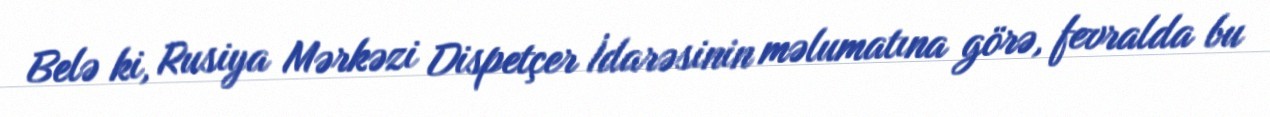
Belə ki, Rusiya Mərkəzi Dispetçer İdarəsinin məlumatına görə, fevralda bu